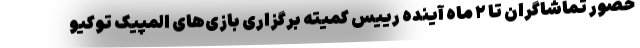
حضور تماشاگران تا ۲ ماه آینده رییس کمیته برگزاری بازی‌های المپیک توکیو